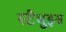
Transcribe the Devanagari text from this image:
स्टैधुइस